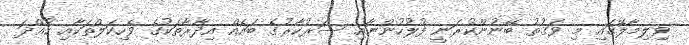
ވިލިމާލޭގައި މި ވަގުތު ބޭނުންކުރަނީ ފުލުހުންނާއި ސަރުކާރުގެ ބައެއް އިދާރާތަކުގެ ވެހިކަލްތަކާއި ހުއްދަ